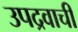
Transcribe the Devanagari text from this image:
उपद्रवाची